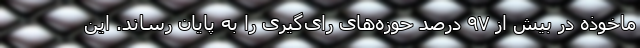
ماخوذه در بیش از ۹۷ درصد حوزه‌های رای‌گیری را به پایان رساند. این